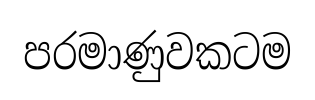
පරමාණුවකටම